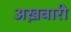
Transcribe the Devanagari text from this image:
अख़बारी